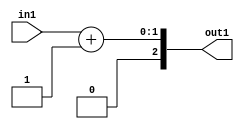
`timescale 1ps / 1ps
/*****************************************************************************
    Verilog RTL Description
    
    
    Created by: Stratus DpOpt 2019.1.01 
*******************************************************************************/

module DC_Filter_Add2i1u1_1 (
	in1,
	out1
	); /* architecture "behavioural" */ 
input  in1;
output [2:0] out1;
wire [2:0] asc001;

assign asc001 = 
	+(in1)
	+(3'B001);

assign out1 = asc001;
endmodule

/* CADENCE  urf4TQA= : u9/ySgnWtBlWxVPRXgAZ4Og= ** DO NOT EDIT THIS LINE ******/